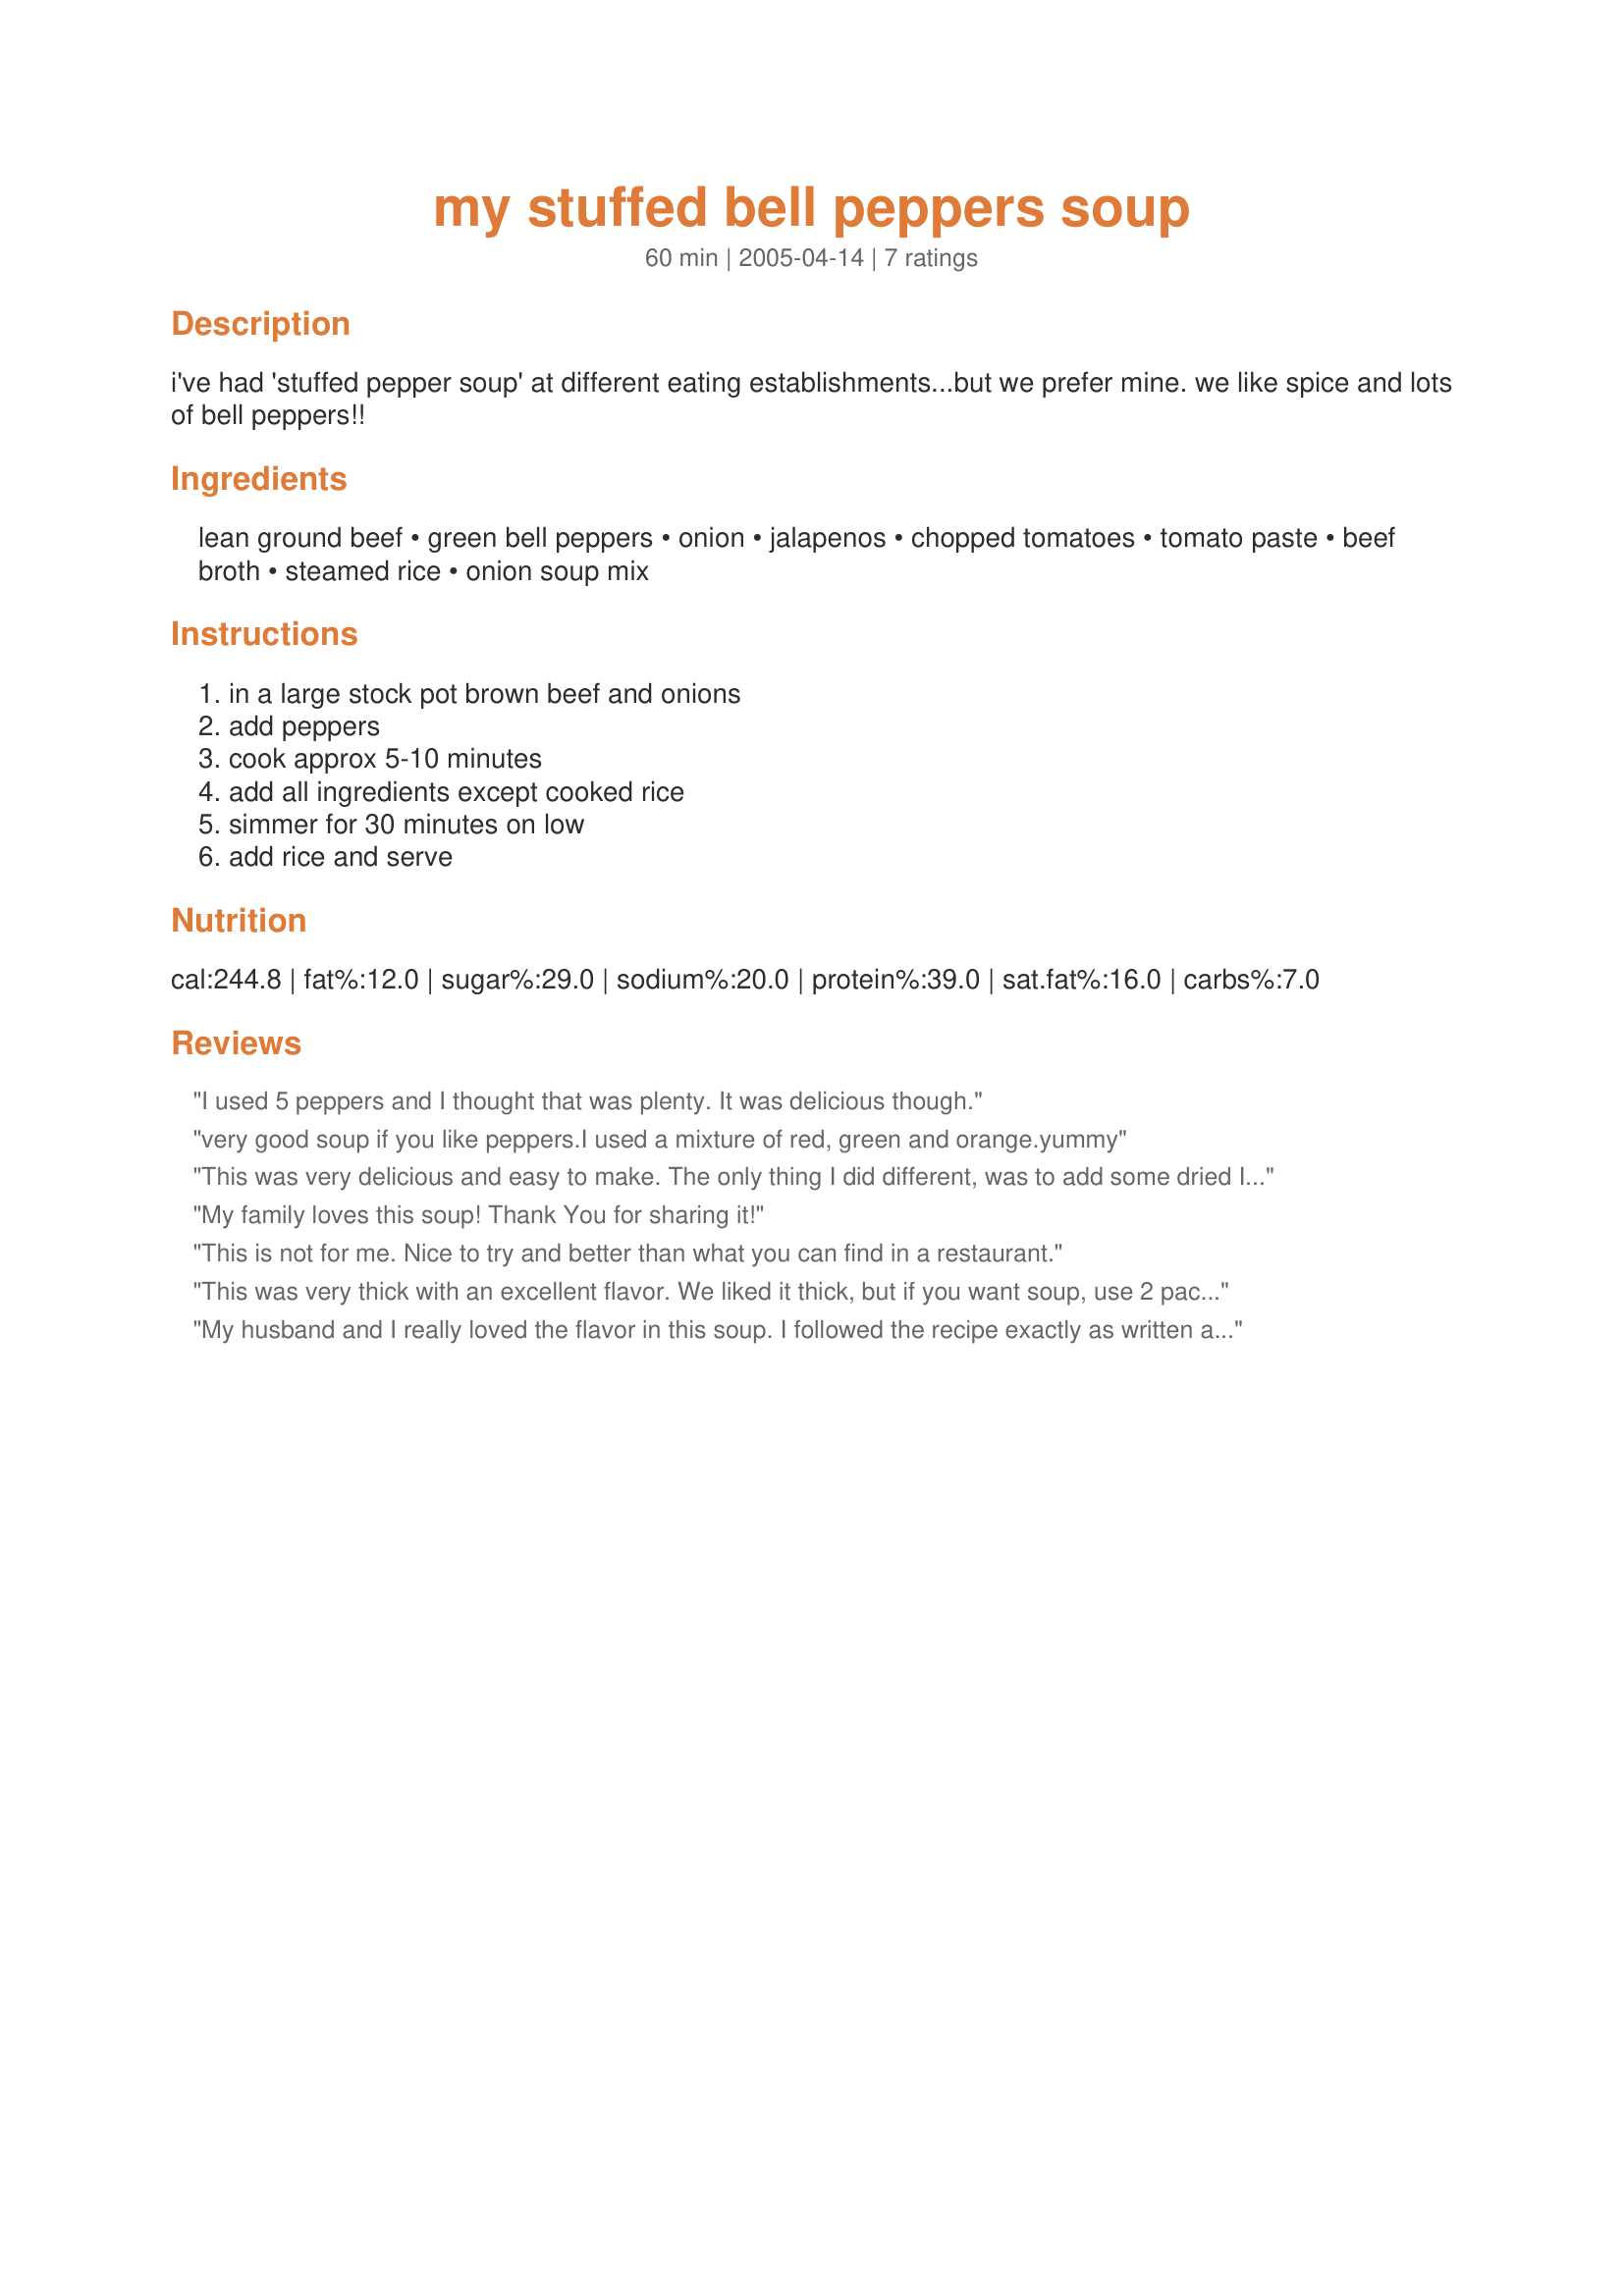
my stuffed bell peppers soup
Preparation time: 60 minutes

i've had 'stuffed pepper soup' at different eating establishments...but we prefer mine. we like spice and lots of bell peppers!!

Ingredients:
lean ground beef, green bell peppers, onion, jalapenos, chopped tomatoes, tomato paste, beef broth, steamed rice, onion soup mix

Steps:
in a large stock pot brown beef and onions, add peppers, cook approx 5-10 minutes, add all ingredients except cooked rice, simmer for 30 minutes on low, add rice and serve

Reviews:
I used 5 peppers and I thought that was plenty. It was delicious though.
very good soup if you like peppers.I used a mixture of red, green and orange.yummy
This was very delicious and easy to make. The only thing I did different, was to add some dried Italian Seasoning at the end of cooking time. It tasted even better the second day once all the flavors melded together.
My family loves this soup! Thank You for sharing it!
This is not for me. Nice to try and better than what you can find in a restaurant.
This was very thick with an excellent flavor. We liked it thick, but if you want soup, use 2 packages of onion soup and more water.
My husband and I really loved the flavor in this soup. I followed the recipe exactly as written and had to add some tabasco, I am from the south!!! I used rice that has a real nutty flavor and may have been too strong for the soup, so we tried it with crackers and prefered it that way. I gave the recipe to my daughter and she cooked it that afternoon and she and her boyfriend really loved it too! thanks for posting!!!
